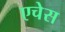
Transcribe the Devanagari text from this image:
एचेस